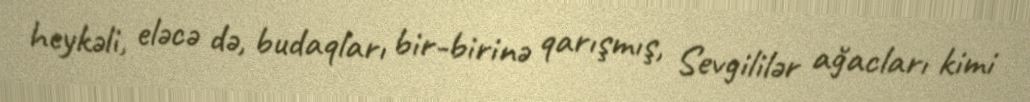
heykəli, eləcə də, budaqları bir-birinə qarışmış, Sevgililər ağacları kimi